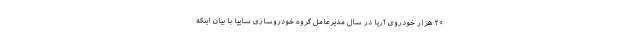
۲۰ هزار خودروی آریا در سال مدیرعامل گروه خودروسازی سایپا با بیان اینکه